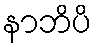
နာဘိပိ